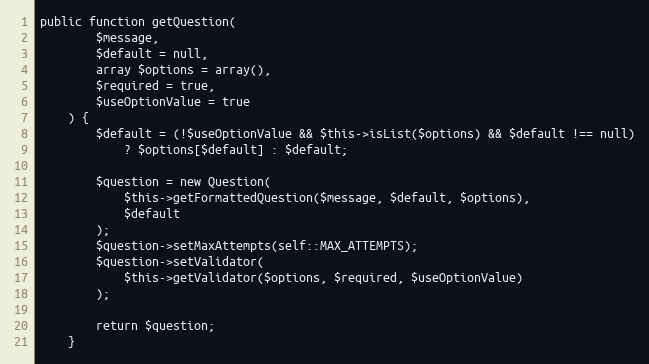
Language: PHP
public function getQuestion(
        $message,
        $default = null,
        array $options = array(),
        $required = true,
        $useOptionValue = true
    ) {
        $default = (!$useOptionValue && $this->isList($options) && $default !== null)
            ? $options[$default] : $default;

        $question = new Question(
            $this->getFormattedQuestion($message, $default, $options),
            $default
        );
        $question->setMaxAttempts(self::MAX_ATTEMPTS);
        $question->setValidator(
            $this->getValidator($options, $required, $useOptionValue)
        );

        return $question;
    }